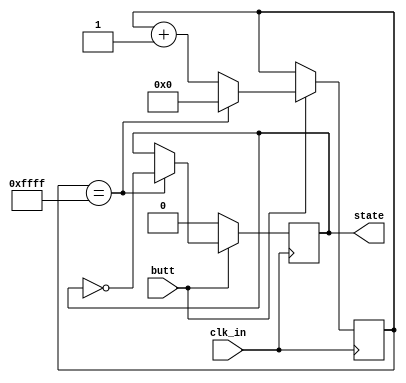
`timescale 1ns / 1ps
//////////////////////////////////////////////////////////////////////////////////
// Company: 
// Engineer: 
// 
// Design Name: 
// Module Name:    debouncer 
// Project Name: 
// Target Devices: 
// Tool versions: 
// Description: 
//
// Dependencies: 
//
// Revision: 
// Revision 0.01 - File Created
// Additional Comments: 
//
//////////////////////////////////////////////////////////////////////////////////
module debouncer(
	input clk_in,
	input butt,
	output state
    );


reg butt_state = 0;

reg [15:0] butt_reg;

always @ (posedge clk_in) begin
	if (butt == 0) begin
		butt_state <= 0;
	end
	else begin 
		butt_reg <= butt_reg + 1'b1;
		if (butt_reg == 16'b1111111111111111) begin
			butt_state <= ~butt_state;
			butt_reg <= 0;
		end
	end
end	

assign state = butt_state;

endmodule